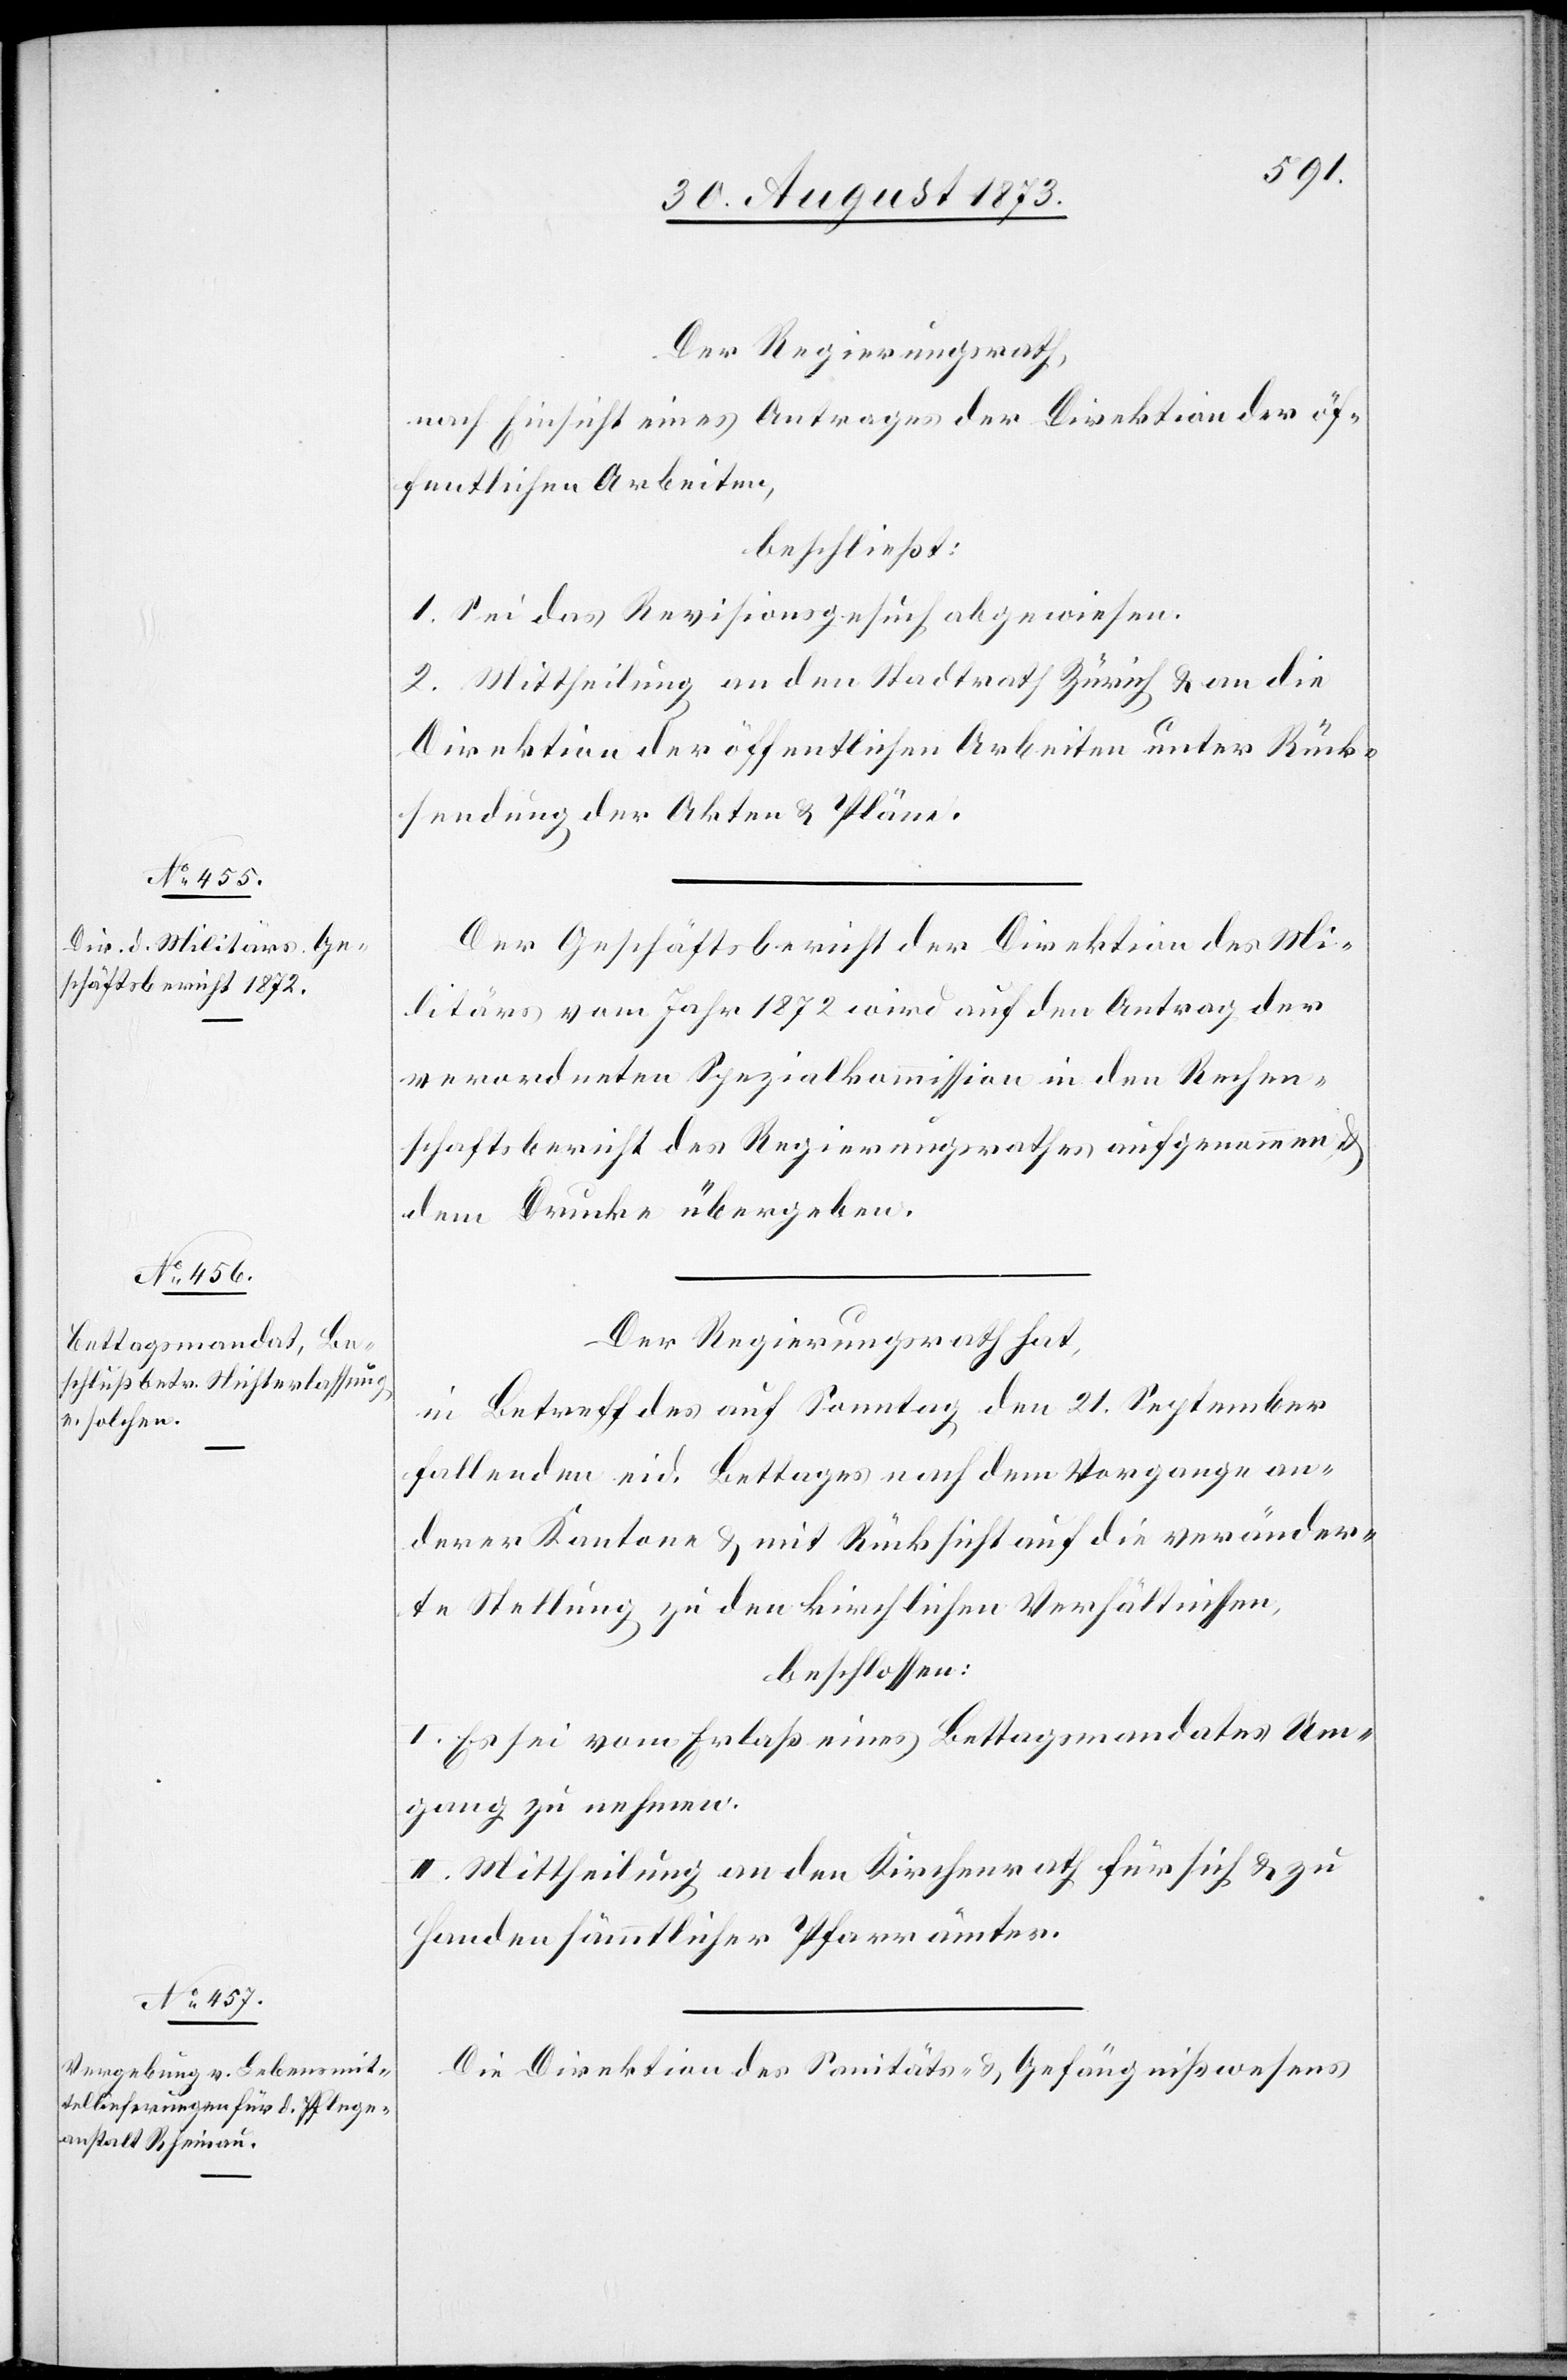
Der Regierungsrath,
nach Einsicht eines Antrages der Direktion der öf¬
fentlichen Arbeiten,
beschließt:
1. Sei das Revisionsgesuch abgewiesen.
2. Mittheilung an den Stadtrath Zürich & an die
Direktion der öffentlichen Arbeiten unter Rück¬
stellung der Akten & Pläne.
Der Geschäftsbericht der Direktion des Mi¬
litärs vom Jahr 1872 wird auf den Antrag der
verordneten Spezialkommission in den Rechen¬
schaftsbericht des Regierungsrathes aufgenommen &
dem Drucke übergeben.
Der Regierungsrath hat,
in Betreff des auf Sonntag den 21. September
fallenden eid. Bettages nach dem Vorgange an¬
derer Kantone & mit Rücksicht auf die veränder¬
te Stellung zu den kirchlichen Verhältnissen,
beschlossen:
I. Es sei vom Erlaß eines Bettagsmandates Um¬
gang zu nehmen.
II. Mittheilung an den Kirchenrath für sich & zu
Handen sämmtlicher Pfarrämter.
Die Direktion des Sanitäts- & Gefängnißwesens